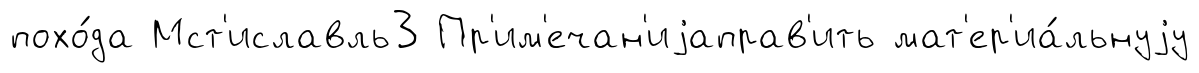
похо́да Мст'иславль3 Пр'им'ечан'иjаправ'ить мат'ер'иа́льнуjу